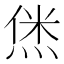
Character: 𬊞